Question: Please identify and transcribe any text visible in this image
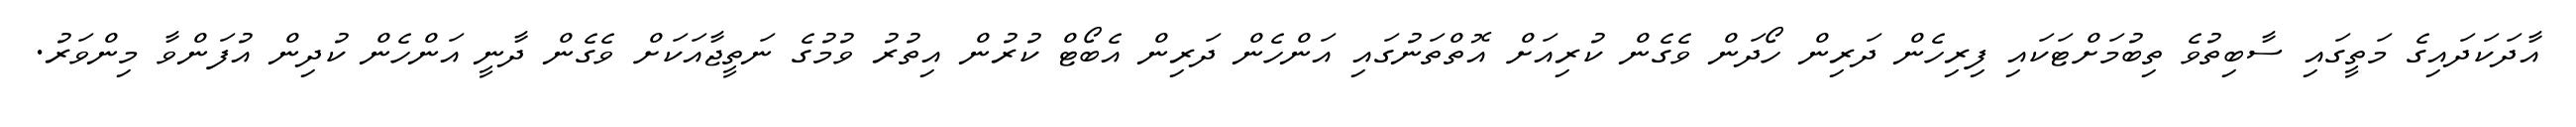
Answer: އާދަކަދައިގެ މަތީގައި ސާބިތުވެ ތިބުމަށްޓަކައި ފިރިހެން ދަރިން ހޯދަން ވެގެން ކުރިއަށް އޮތްތަނުގައި އަންހެން ދަރިން އެބޯޓް ކުރުން އިތުރު ވުމުގެ ނަތީޖާއަކަށް ވެގެން ދާނީ އަންހެން ކުދިން އުފަންވާ މިންވަރު.